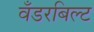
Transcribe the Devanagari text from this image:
वँडरबिल्ट